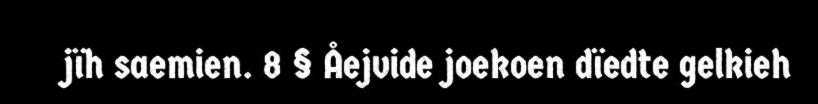
jïh saemien. 8 § Åejvide joekoen dïedte gelkieh